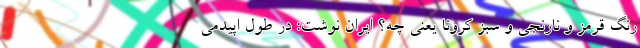
رنگ‌ قرمز و نارنجی و سبز کرونا یعنی چه؟ ایران نوشت: در طول اپیدمی